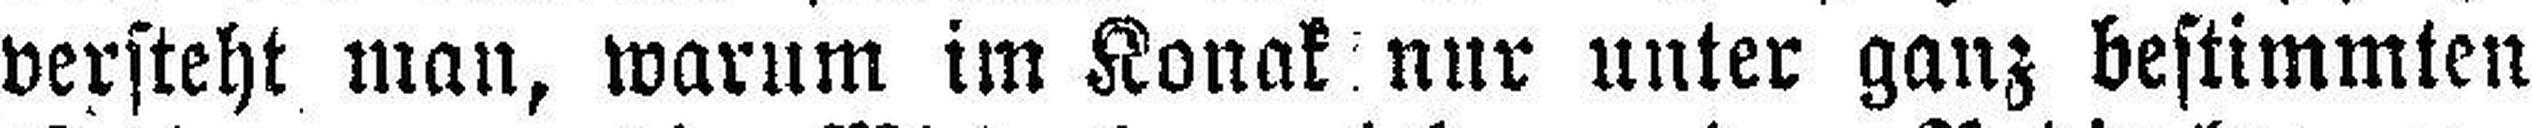
versteht man, warum im Konak nur unter ganz bestimmten